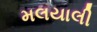
મલયાલી